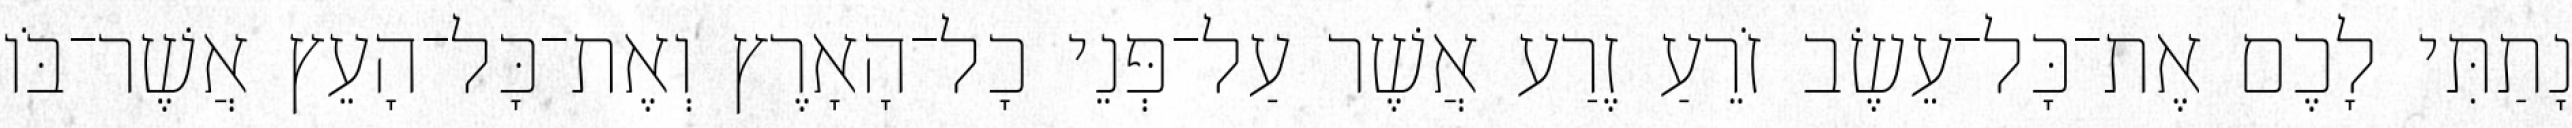
נָתַתִּי לָכֶם אֶת־כָּל־עֵשֶׂב זֹרֵעַ זֶרַע אֲשֶׁר עַל־פְּנֵי כָל־הָאָרֶץ וְאֶת־כָּל־הָעֵץ אֲשֶׁר־בֹּו